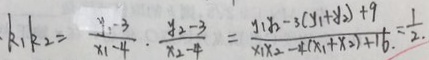
k _ { 1 } k _ { 2 } = \frac { y _ { 1 } - 3 } { x _ { 1 } - 4 } \cdot \frac { y _ { 2 } - 3 } { x _ { 2 } - 4 } = \frac { y _ { 1 } y _ { 2 } - 3 ( y _ { 1 } + y _ { 2 } ) + 9 } { x _ { 1 } x _ { 2 } - 4 ( x _ { 1 } + x _ { 2 } ) + 1 6 } = \frac { 1 } { 2 }